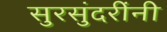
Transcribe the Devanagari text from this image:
सुरसुंदरींनी